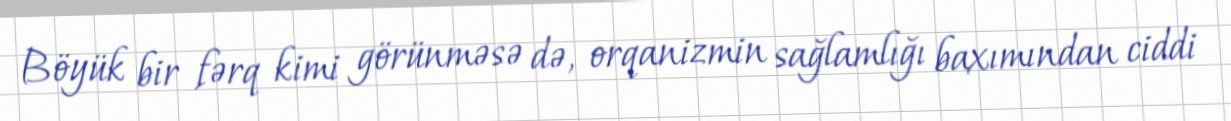
Böyük bir fərq kimi görünməsə də, orqanizmin sağlamlığı baxımından ciddi